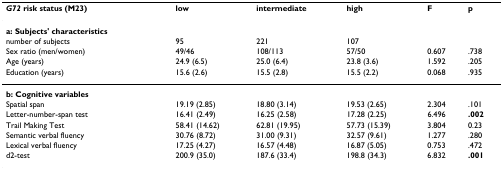
<table><thead><tr><td><b><i>G72 </i>risk status (M23)</b></td><td><b>low</b></td><td><b>intermediate</b></td><td><b>high</b></td><td><b>F</b></td><td><b>p</b></td></tr></thead><tbody><tr><td><b>a: Subjects&#x27; characteristics</b></td><td></td><td></td><td></td><td></td><td></td></tr><tr><td>number of subjects</td><td>95</td><td>221</td><td>107</td><td></td><td></td></tr><tr><td>Sex ratio (men/women)</td><td>49/46</td><td>108/113</td><td>57/50</td><td>0.607</td><td>.738</td></tr><tr><td>Age (years)</td><td>24.9 (6.5)</td><td>25.0 (6.4)</td><td>23.8 (3.6)</td><td>1.592</td><td>.205</td></tr><tr><td>Education (years)</td><td>15.6 (2.6)</td><td>15.5 (2.8)</td><td>15.5 (2.2)</td><td>0.068</td><td>.935</td></tr><tr><td><b>b: Cognitive variables</b></td><td></td><td></td><td></td><td></td><td></td></tr><tr><td>Spatial span</td><td>19.19 (2.85)</td><td>18.80 (3.14)</td><td>19.53 (2.65)</td><td>2.304</td><td>.101</td></tr><tr><td>Letter-number-span test</td><td>16.41 (2.49)</td><td>16.25 (2.58)</td><td>17.28 (2.25)</td><td>6.496</td><td><b>.002</b></td></tr><tr><td>Trail Making Test</td><td>58.41 (14.62)</td><td>62.81 (19.95)</td><td>57.73 (15.39)</td><td>3.804</td><td>0.23</td></tr><tr><td>Semantic verbal fluency</td><td>30.76 (8.72)</td><td>31.00 (9.31)</td><td>32.57 (9.61)</td><td>1.277</td><td>.280</td></tr><tr><td>Lexical verbal fluency</td><td>17.25 (4.27)</td><td>16.57 (4.48)</td><td>16.87 (5.05)</td><td>0.753</td><td>.472</td></tr><tr><td>d2-test</td><td>200.9 (35.0)</td><td>187.6 (33.4)</td><td>198.8 (34.3)</td><td>6.832</td><td><b>.001</b></td></tr></tbody></table>